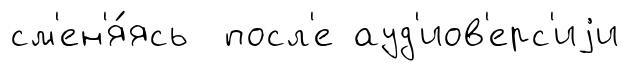
см'ен'я́ясь посл'е ауд'иов'ерс'иjи